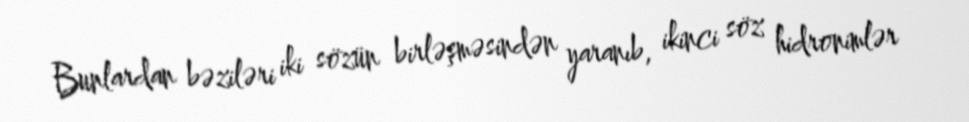
Bunlardan bəziləri iki sözün birləşməsindən yaranıb, ikinci söz hidronimlər